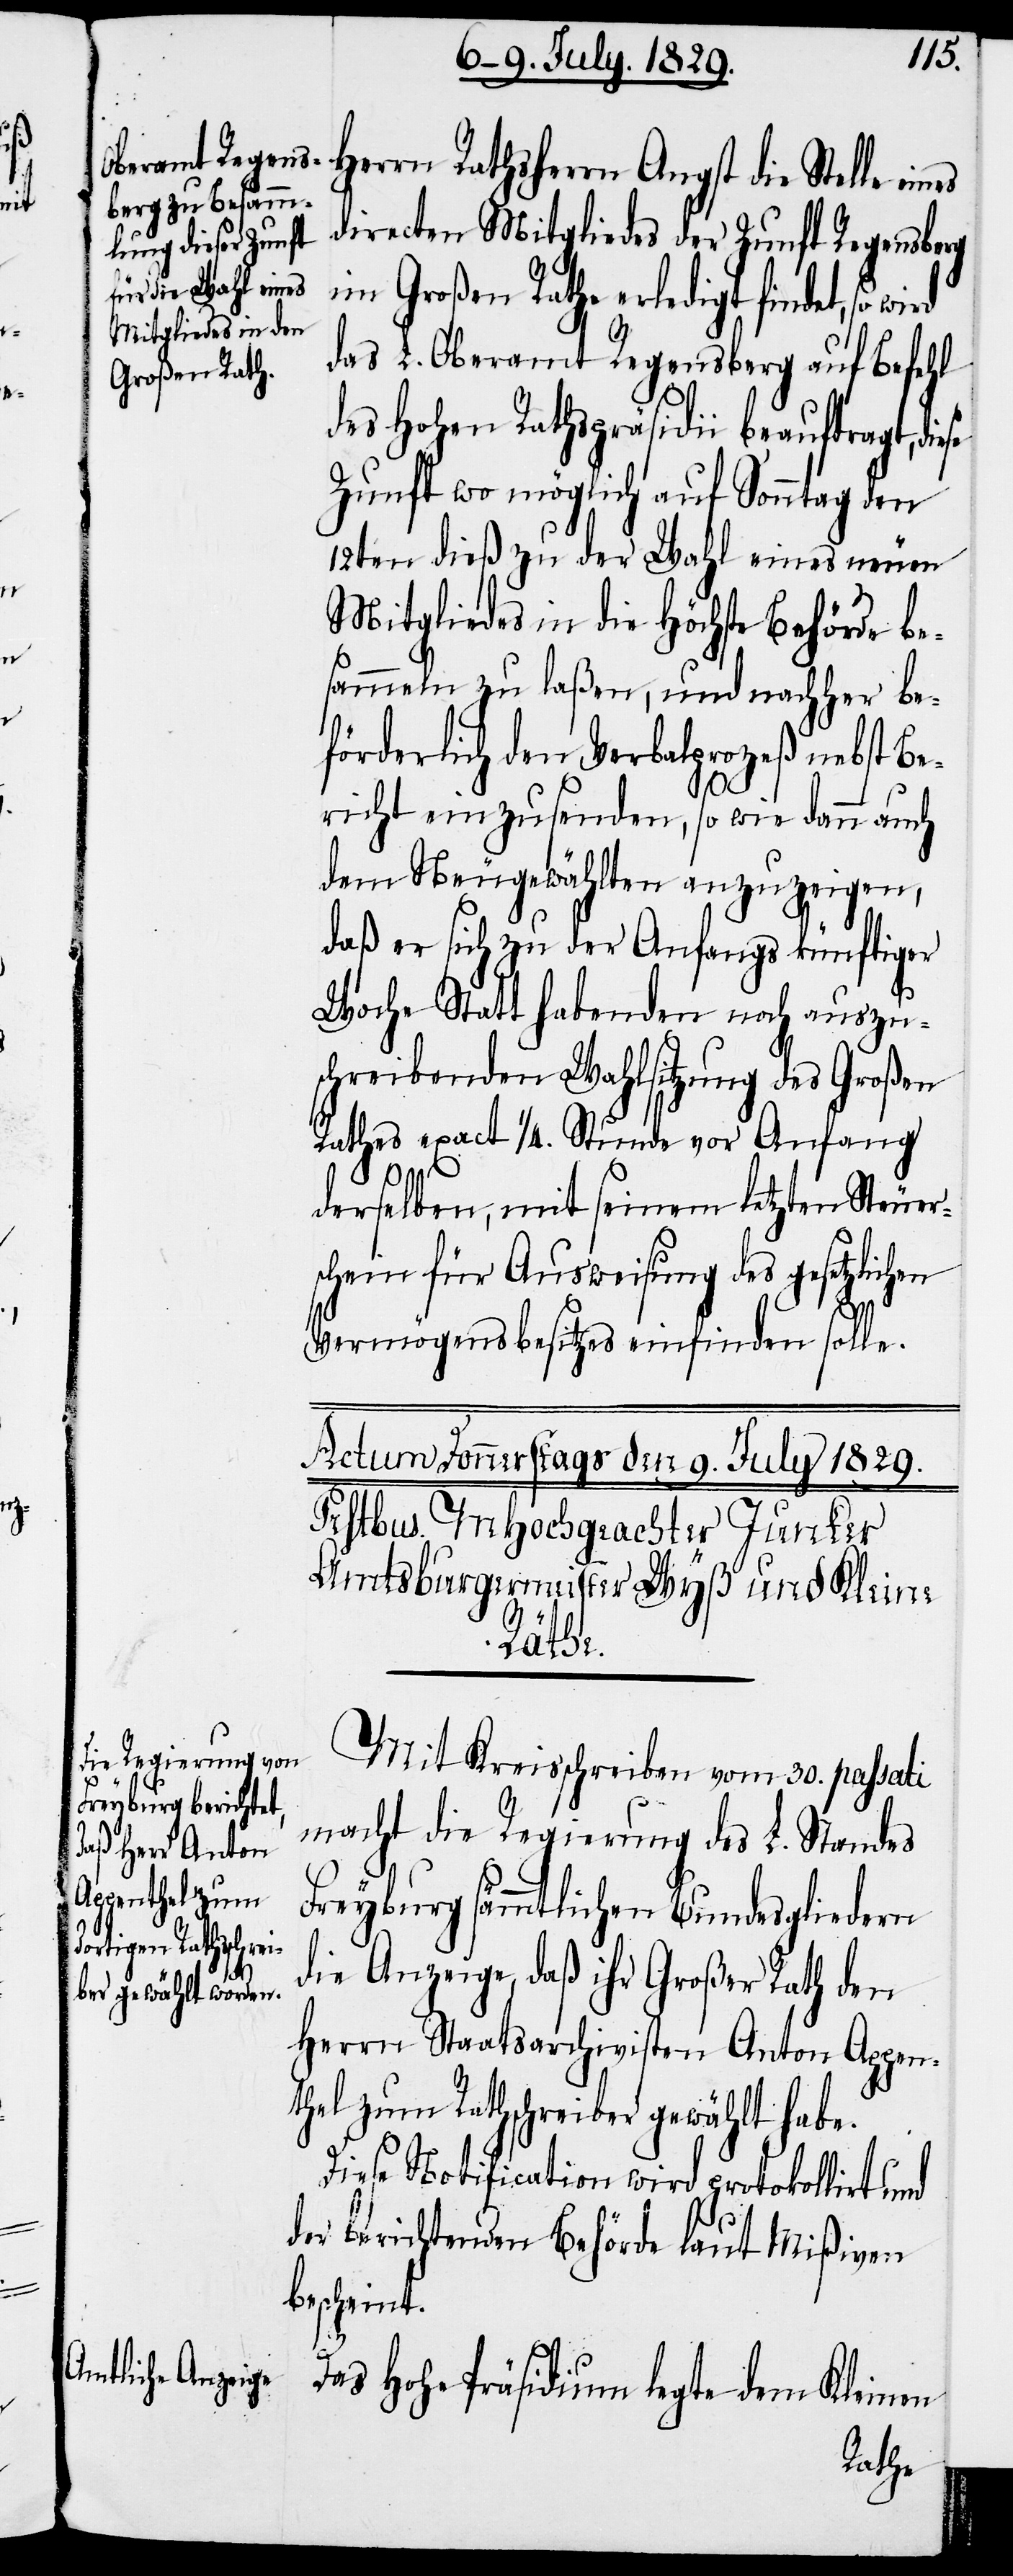
directen Mitgliedes der Zunft Regensberg
im Großen Rathe erledigt findet, so wi¬
das L. Oberamt Regensberg auf Befehl
des Hohen Rathspräsidii beauftragt, di¬
Zunft wo möglich auf Sonntag den
12ten dieß zu der Wahl eines neuen
Mitgliedes in die Höchste Behörde be¬
sammeln zu laßen, und nachher be¬
förderlich den Verbalprozeß nebst Be¬
richt einzusenden, so wie dann auch
dem Neugewählten anzuzeigen,
daß er sich zu der Anfangs künftiger
Woche Statt habenden noch auszu¬
schreibenden Wahlsitzung des Großen
Rathes exact ¼. Stunde vor Anfang
derselben, mit seinem letzten Steuer¬
schein für Ausweisung des gesetzlichen
Vermögensbesitzes einfinden solle.
Stelle
Mit Kreisschreiben vom 30. passati
macht die Regierung des L. Standes
Freyburg sämmtlichen Bundesgliedern
ese
die Anzeige, daß ihr Großer Rath den
Herrn Staatsarchivisten Anton Appen¬
thel zum Rathschreiber gewählt habe.
Diese Notification wird protokollirt und
der berichtenden Behörde laut Mißiven
bescheint.
Das Hohe Präsidium legte dem Kleinen